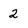
Character: 2